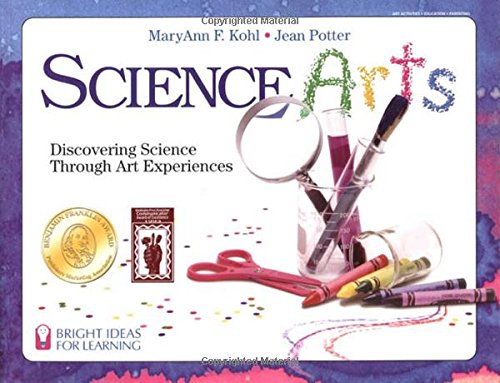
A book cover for Science Arts: Discovering Science Through Art Experiences (Bright Ideas for Learning (TM)); MaryAnn F. Kohl; Children's Books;